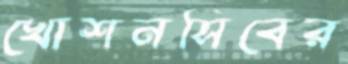
খোশনসিবের